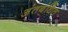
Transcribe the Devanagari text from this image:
अंतबंधित